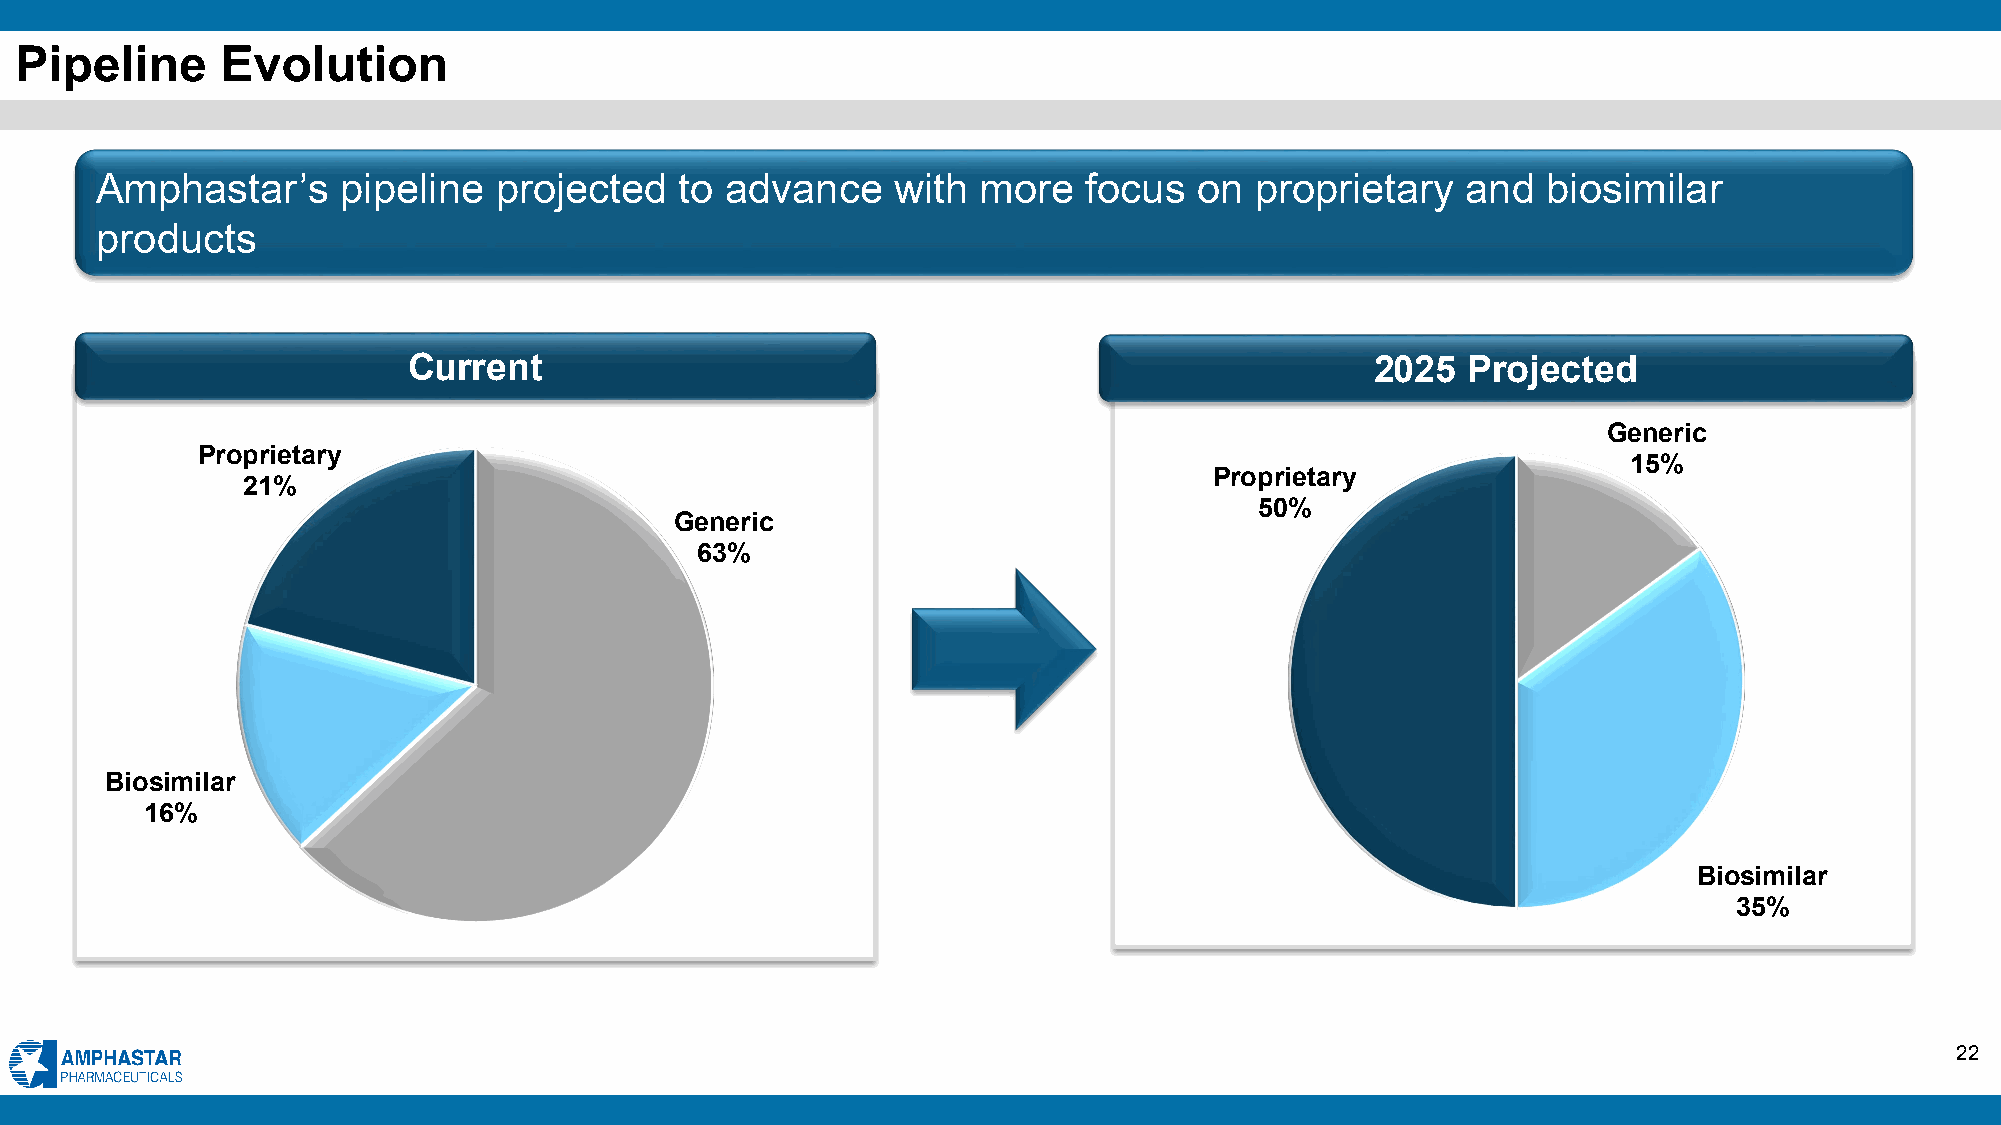
Pipeline      Evolution
 Amphastar’s     pipeline   projected   to advance    with  more   focus  on  proprietary   and  biosimilar
 products
 Current                                                         2025  Projected
 Generic
 Proprietary
 15%
 Proprietary
 21%
 50%
 Generic
 63%
 Biosimilar
 16%
 Biosimilar
 35%
 22